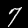
Digit: 7